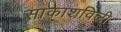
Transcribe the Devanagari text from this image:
साकाशविली